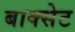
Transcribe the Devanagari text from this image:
बाक्सेट